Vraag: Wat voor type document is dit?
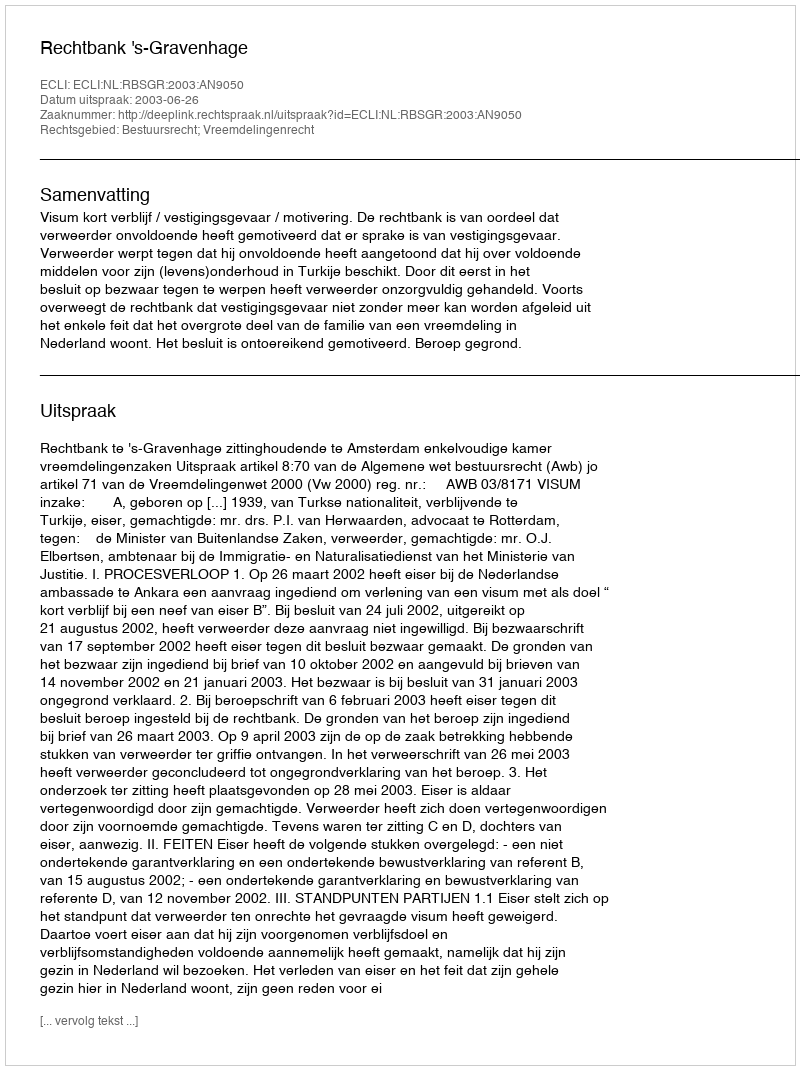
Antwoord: Uitspraak